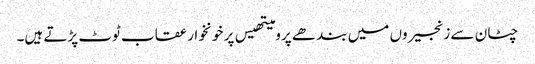
چٹان سے زنجیروں میں بند ھے پرومیتھیس پر خونخوار عقاب ٹوٹ پڑتے ہیں۔